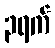
၃ရက်